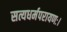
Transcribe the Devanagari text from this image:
सत्यधर्मपरायणः।